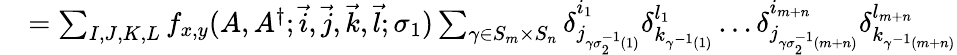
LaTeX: \begin{array}{rl}{}&{=\sum_{I,J,K,L}f_{x,y}(A,A^{\dagger};\vec{i},\vec{j},\vec{k},\vec{l};\sigma_{1})\sum_{\gamma\in S_{m}\times S_{n}}\delta_{j_{\gamma\sigma_{2}^{-1}(1)}}^{i_{1}}\delta_{k_{\gamma^{-1}(1)}}^{l_{1}}\dots\delta_{j_{\gamma\sigma_{2}^{-1}(m+n)}}^{i_{m+n}}\delta_{k_{\gamma^{-1}(m+n)}}^{l_{m+n}}}\end{array}